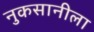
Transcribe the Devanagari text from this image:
नुकसानीला